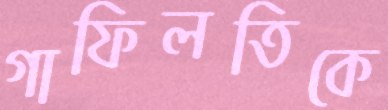
গাফিলতিকে